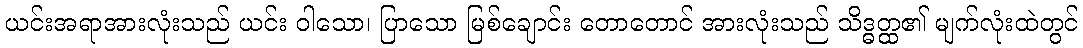
ယင်းအရာအားလုံးသည် ယင်း ဝါသော၊ ပြာသော မြစ်ချောင်း တောတောင် အားလုံးသည် သိဒ္ဓတ္ထ၏ မျက်လုံးထဲတွင်